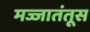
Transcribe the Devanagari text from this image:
मज्जातंतूस